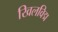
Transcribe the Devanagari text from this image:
खिलविद्म